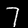
Digit: 7